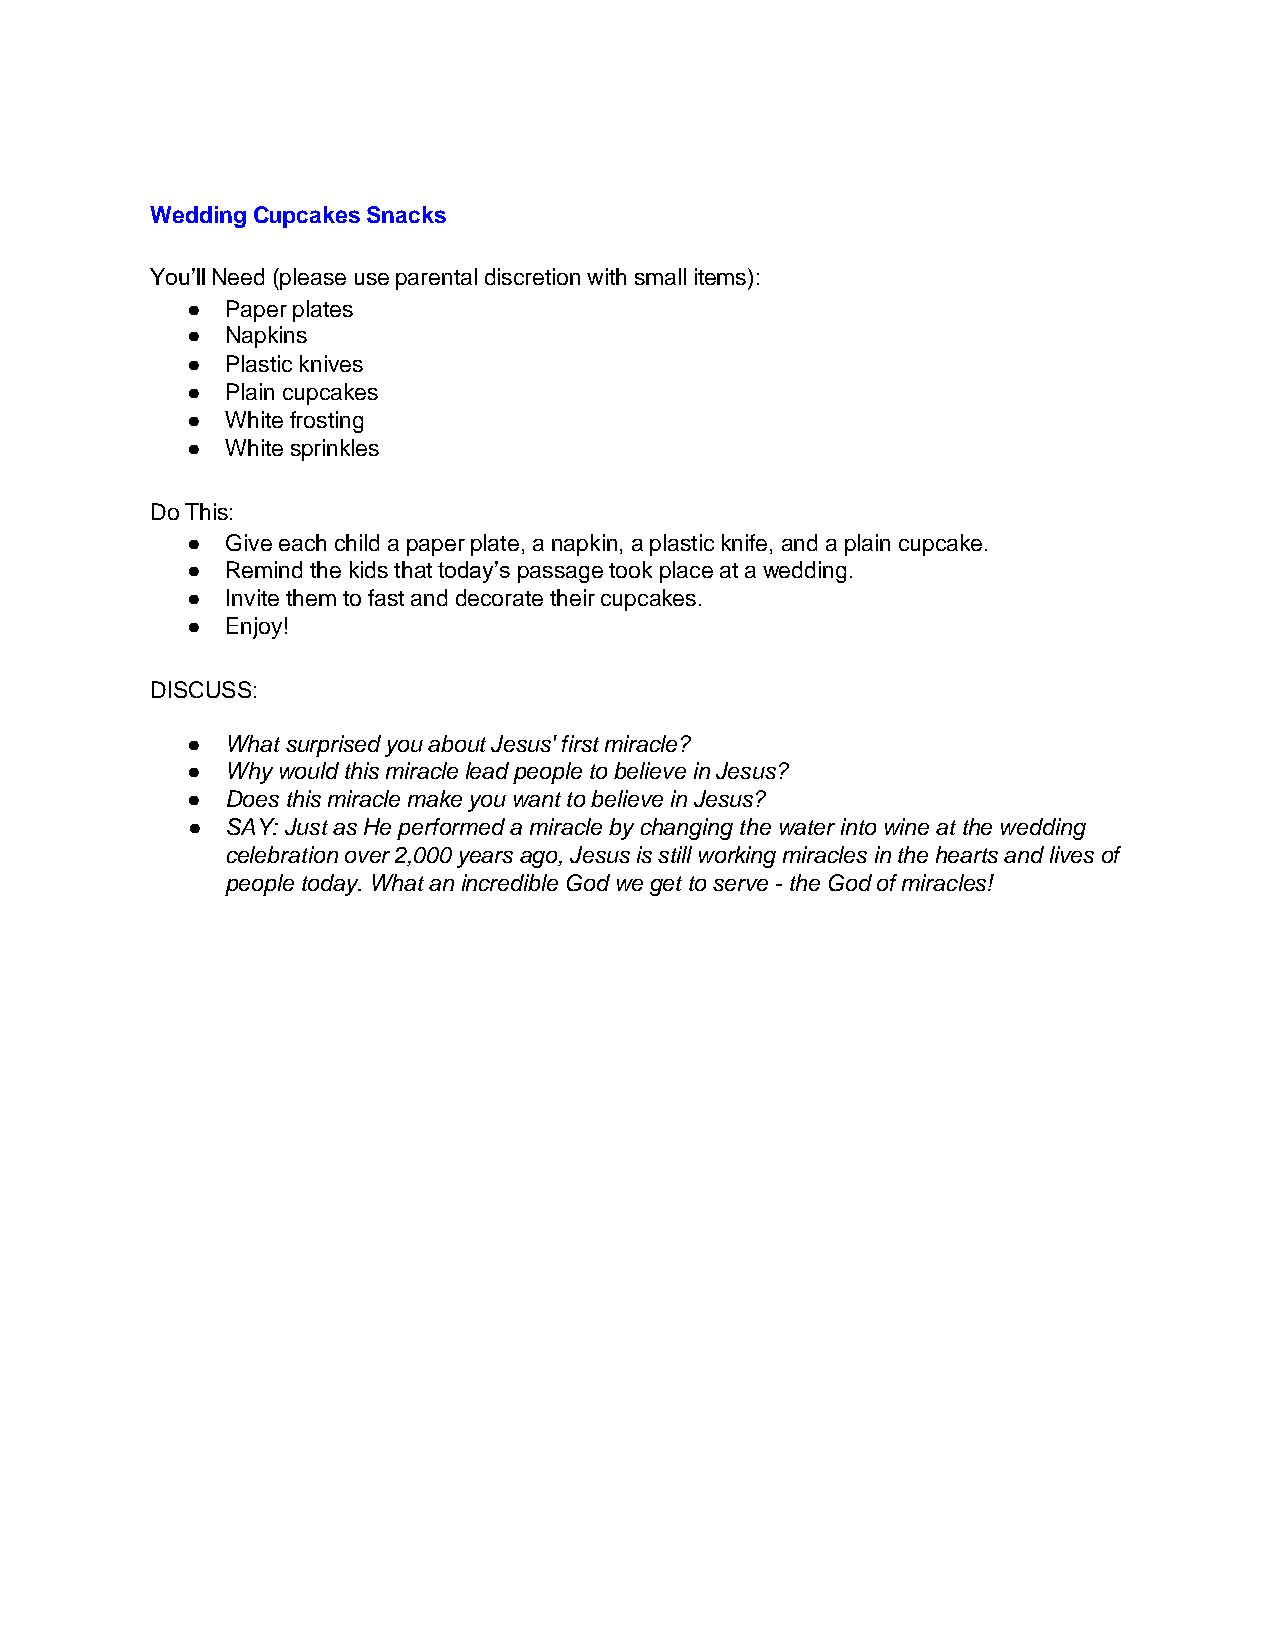
Wedding Cupcakes Snacks
 You’ll Need (please use parental discretion with small items):
 ●  Paper plates
 ●  Napkins
 ●  Plastic knives
 ●  Plain cupcakes
 ●  White frosting
 ●  White sprinkles
 Do This:
 ●  Give each child a paper plate, a napkin, a plastic knife, and a plain cupcake.
 ●  Remind the kids that today’s passage took place at a wedding.
 ●  Invite them to fast and decorate their cupcakes.
 ●  Enjoy!
 DISCUSS:
 ●  What surprised you about Jesus' first miracle?
 ●  Why would this miracle lead people to believe in Jesus?
 ●  Does this miracle make you want to believe in Jesus?
 ●  SAY: Just as He performed a miracle by changing the water into wine at the wedding
 celebration over 2,000 years ago, Jesus is still working miracles in the hearts and lives of
 people today. What an incredible God we get to serve - the God of miracles!